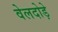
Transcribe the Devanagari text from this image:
वेलदोड़े